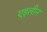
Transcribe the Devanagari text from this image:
एइलीन